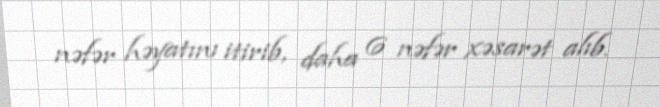
nəfər həyatını itirib, daha 6 nəfər xəsarət alıb.